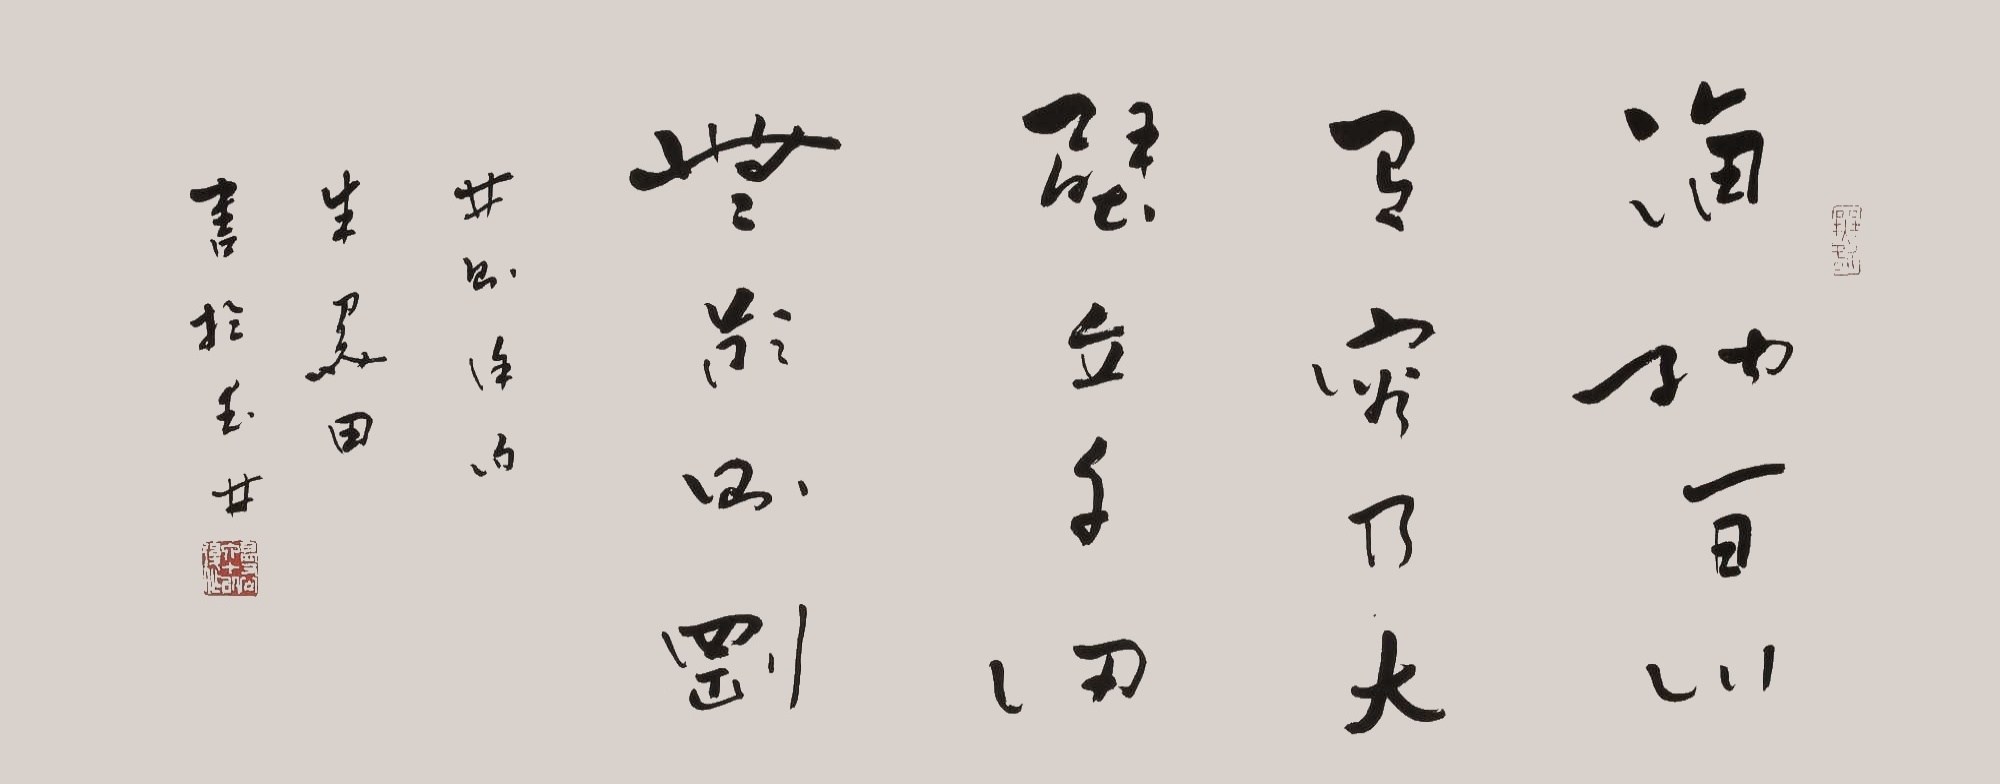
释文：海纳百川，有容乃大。壁立千仞，无欲则刚。林则徐句，朱观田书于玉林。